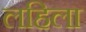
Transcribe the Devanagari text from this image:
लहिला